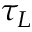
\tau _ { L }